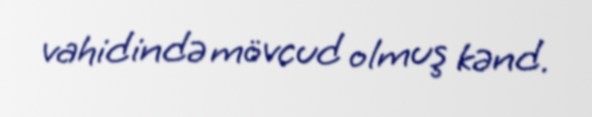
vahidində mövcud olmuş kənd.